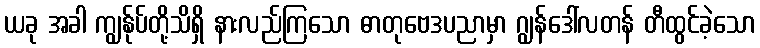
ယခု အခါ ကျွန်ုပ်တို့သိရှိ နားလည်ကြသော ဓာတုဗေဒပညာမှာ ဂျွန်ဒေါ်လတန် တီထွင်ခဲ့သော